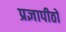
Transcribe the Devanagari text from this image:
प्रज्ञापीठों